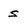
Character: S